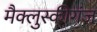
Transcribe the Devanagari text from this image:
मैक्लुस्कीगंज